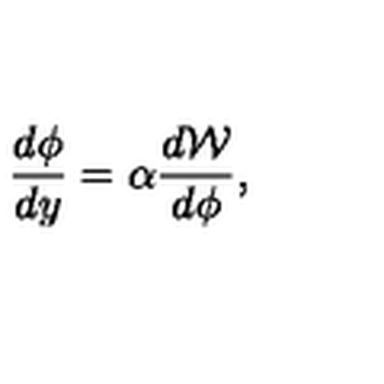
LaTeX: \frac { d \phi } { d y } = \alpha \frac { d { \cal W } } { d \phi } ,